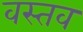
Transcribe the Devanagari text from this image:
वस्तव